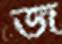
জ